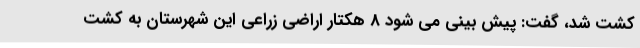
کشت شد، گفت: پیش بینی می شود 8 هکتار اراضی زراعی این شهرستان به کشت